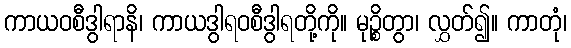
ကာယဝစီဒွါရာနိ၊ ကာယဒွါရဝစီဒွါရတို့ကို။ မုဉ္စိတွာ၊ လွှတ်၍။ ကာတုံ၊